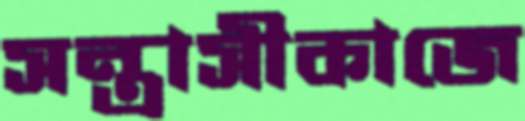
সন্ত্রাসীকাজে